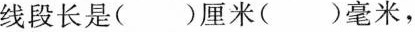
线段长是（）厘米（）毫米，